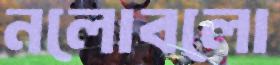
নলোবলো